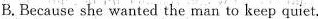
B.Because she wanted the man to keep quiet.